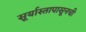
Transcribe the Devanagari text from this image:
सूर्यास्तापासूनची